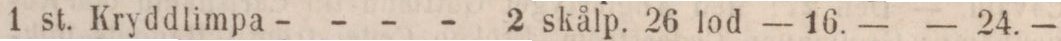
1 st. Kryddlimpa- - - - 2 skålp. 26 lod    — 16. —    — 24. —